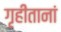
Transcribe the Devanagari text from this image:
गृहीतानां